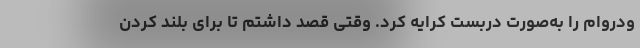
ودروام را به‌صورت دربست کرایه کرد. وقتی قصد داشتم تا برای بلند کردن